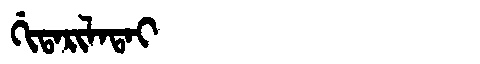
Manchu: ᡤᡳᡨᠠᡵᡳᠯᠠᡨᠠᡳ
Romanization: GITARILATAI